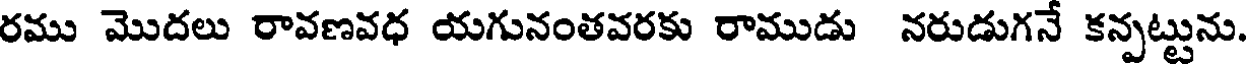
రము మొదలు రావణవధ యగునంతవరకు రాముడు నరుడుగనే కన్పట్టును.